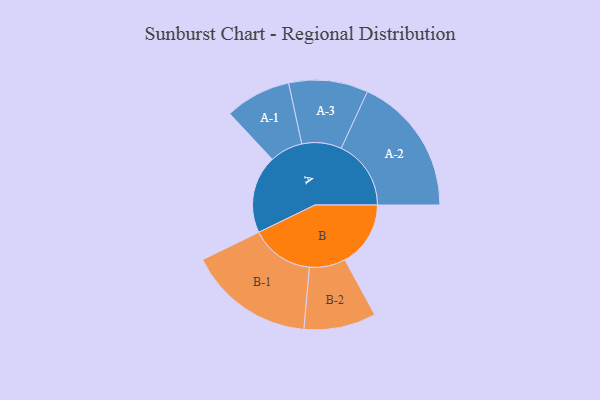
{"axis": {"x": "Segment", "y": "Value"}, "legend": ["", "A", "B"], "data": [{"x": "A", "y": 305, "type": ""}, {"x": "B", "y": 257, "type": ""}, {"x": "A-1", "y": 129, "type": "A"}, {"x": "A-2", "y": 273, "type": "A"}, {"x": "A-3", "y": 155, "type": "A"}, {"x": "B-1", "y": 247, "type": "B"}, {"x": "B-2", "y": 141, "type": "B"}]}